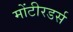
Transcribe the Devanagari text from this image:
मोंटीरडर्स